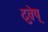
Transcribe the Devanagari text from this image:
दुवेष्